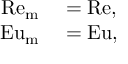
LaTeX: \begin{array} { r l } { \mathrm { R e } _ { \mathrm { m } } } & { { } = \mathrm { R e } , } \\ { \mathrm { E u } _ { \mathrm { m } } } & { { } = \mathrm { E u } , } \end{array}